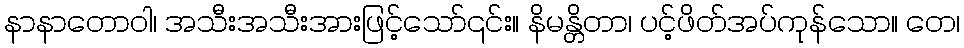
နာနာတောဝါ၊ အသီးအသီးအားဖြင့်သော်၎င်း။ နိမန္တိတာ၊ ပင့်ဖိတ်အပ်ကုန်သော။ တေ၊